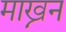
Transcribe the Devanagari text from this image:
माख्नन